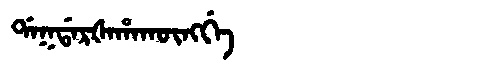
Manchu: ᡩᠠᡴᡩᠠᡵᡧᠠᡥᠠᡴᡡᠩᡤᡝ
Romanization: DAKDARŠAHAKŪNGGE